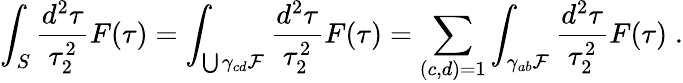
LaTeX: \int_{S}\frac{d^{2}\tau}{\tau_{2}^{2}}F(\tau)=\int_{\bigcup\gamma_{cd}{\cal F}}\frac{d^{2}\tau}{\tau_{2}^{2}}F(\tau)=\sum_{(c,d)=1}\int_{\gamma_{ab}{\cal F}}\frac{d^{2}\tau}{\tau_{2}^{2}}F(\tau)\; .